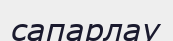
сапарлау